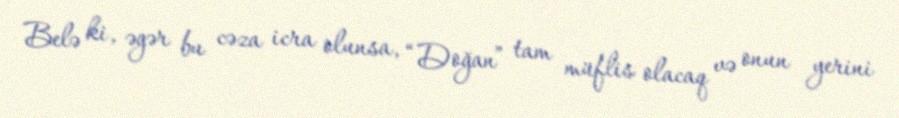
Belə ki, əgər bu cəza icra olunsa, “Doğan” tam müflis olacaq və onun yerini